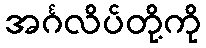
အင်္ဂလိပ်တို့ကို